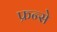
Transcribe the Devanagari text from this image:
फ्रन्से